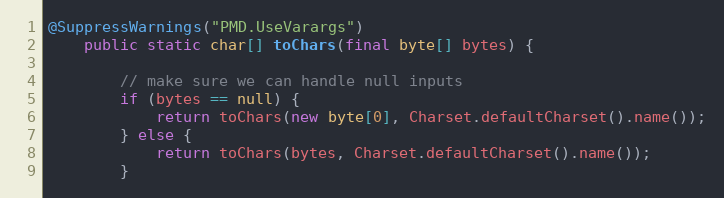
Language: Java
@SuppressWarnings("PMD.UseVarargs")
    public static char[] toChars(final byte[] bytes) {

        // make sure we can handle null inputs
        if (bytes == null) {
            return toChars(new byte[0], Charset.defaultCharset().name());
        } else {
            return toChars(bytes, Charset.defaultCharset().name());
        }